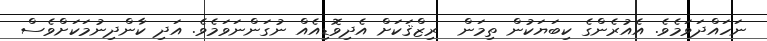
ނަހައްދަވަމެވެ. އެއުރެންގެ ކިބަޔަކުން ތިމަން  ރިޒްޤަކަށް އެދިވޮޑިއެއް ނުގަންނަވަމެވެ. އަދި ކާންދިނުމަކަށްވެސް